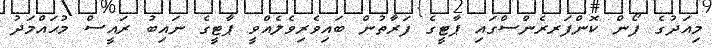
މިއަދުގެ ފޯން ކޮންފަރރެންސްގައި ޕާޓީގެ ފަރާތުން ބައިވެރިވެލެއްވީ ޕާޓީގެ ނައިބު ރައީސް މުޙައްމަދު